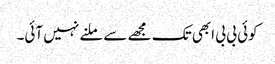
کوئی بی بی ابھی تک مجھے سے ملنے نہیں آئی۔